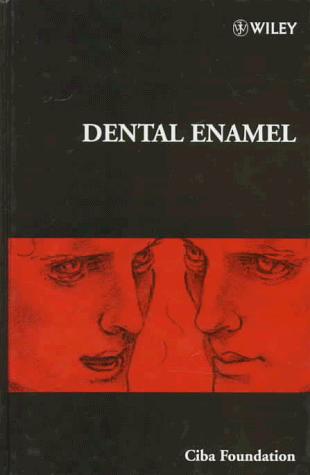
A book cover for Dental Enamel - Symposium No. 205; CIBA Foundation Symposium; Medical Books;